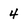
Character: 4